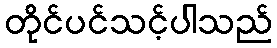
တိုင်ပင်သင့်ပါသည်